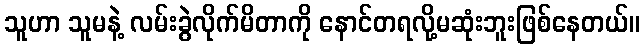
သူဟာ သူမနဲ့ လမ်းခွဲလိုက်မိတာကို နောင်တရလို့မဆုံးဘူးဖြစ်နေတယ်။